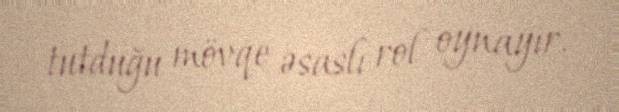
tutduğu mövqe əsaslı rol oynayır.